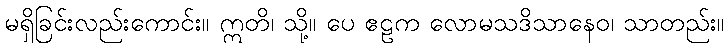
မရှိခြင်းလည်းကောင်း။ ဣတိ၊ သို့။ ပေ ဧဠက လောမသဒိသာနေဝ၊ သာတည်း။